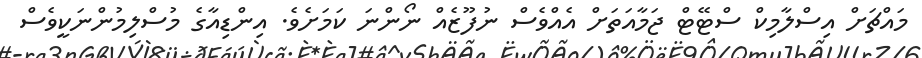
މައްޗަށް އިސްލާމިކް ސްޓޭޓް ޖަމާއަތަށް އެއްވެސް ނުފޫޒެއް ނޯންނަ ކަމަށެވެ. އިންޑިއާގެ މުސްލިމުންނަކީވެސް